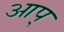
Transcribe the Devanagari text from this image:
आप्